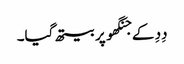
دِدِ کے جنگھو پر بیتھ گیا۔